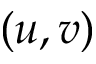
( u , v )